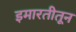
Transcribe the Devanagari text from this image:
इमारतीतून